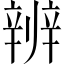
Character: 辨